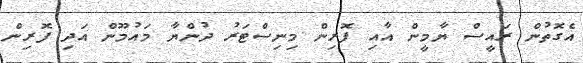
އެގޮތުން ރައީސް ޔާމީން އާއި ފޮރިން މިނިސްޓަރު ދުންޔާ މައުމޫން އަދި ފޮރިން